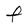
Character: F